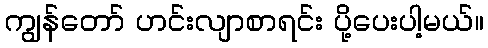
ကျွန်တော် ဟင်းလျာစာရင်း ပို့ပေးပါ့မယ်။